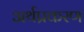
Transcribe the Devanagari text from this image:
अर्थप्रकरण